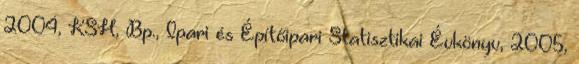
2004, KSH, Bp., Ipari és Építőipari Statisztikai Évkönyv, 2005,